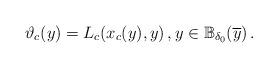
LaTeX: \begin{align*}\vartheta_c(y)=L_c(x_c(y),y) \, , y\in\mathbb{B}_{\delta_0} (\overline{y})\, .\end{align*}%\end{align*}